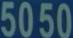
5050